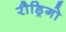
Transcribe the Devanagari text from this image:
रौड्रिगो